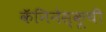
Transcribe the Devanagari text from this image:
कॅनिनेस्कूची